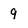
Character: 9